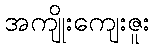
အကျိုးကျေးဇူး